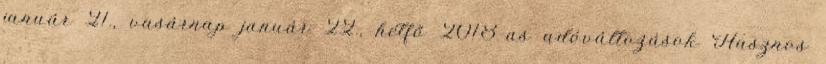
január 21., vasárnap január 22., hétfő 2018-as adóváltozások Hasznos